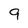
Character: 9